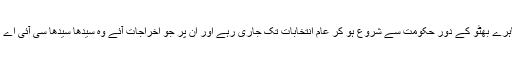
جس منظم انداز میں اے پی این اے کے مظاہرے بھٹو کے دور حکومت سے شروع ہو کر عام انتخابات تک جاری رہے اور ان پر جو اخراجات آئے وہ سیدھا سیدھا سی آئی اے کی منظم سازش کی جانب اشارہ کرتے ہیں۔